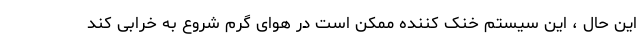
این حال ، این سیستم خنک کننده ممکن است در هوای گرم شروع به خرابی کند